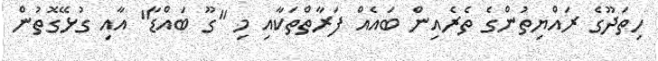
ހިތަދޫގެ ރައްޔިތުންގެ ތެރެއިން ބައެއް ފަރާތްތަކާއި މި "ގޫ ބައްޑާ" އާއި ގުޅޭގޮތުން